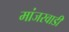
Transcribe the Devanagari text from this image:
मांजरवाडी